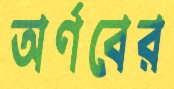
অর্ণবের